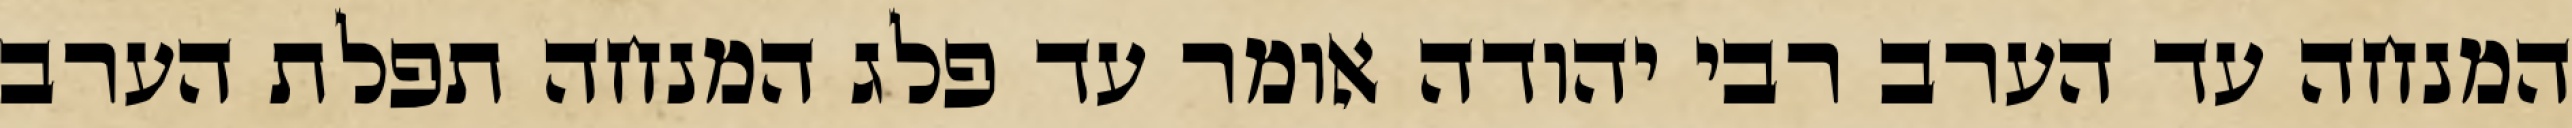
המנחה עד הערב רבי יהודה אומר עד פלג המנחה תפלת הערב